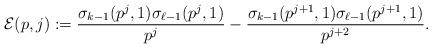
LaTeX: \begin{align*} \mathcal{E}(p,j) := \frac{\sigma_{k-1}(p^j,1)\sigma_{\ell-1}(p^j,1) } {p^{j}} - \frac{\sigma_{k-1}(p^{j+1},1)\sigma_{\ell-1}(p^{j+1},1) }{p^{j+2}}.\end{align*}